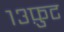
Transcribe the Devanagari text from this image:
१३फ़ुट